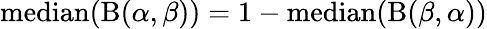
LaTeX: \operatorname{median}(\mathrm{B}(\alpha,\beta))=1-\operatorname{median}(\mathrm{B}(\beta,\alpha))